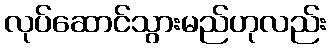
လုပ်ဆောင်သွားမည်ဟုလည်း